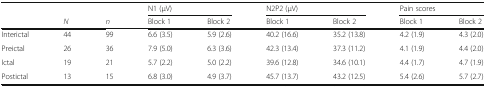
<table><thead><tr><td rowspan="2"></td><td></td><td></td><td colspan="2"><b>N1 (μV)</b></td><td colspan="2"><b>N2P2 (μV)</b></td><td colspan="2"><b>Pain scores</b></td></tr><tr><td><b><i>N</i></b></td><td><b><i>n</i></b></td><td><b>Block 1</b></td><td><b>Block 2</b></td><td><b>Block 1</b></td><td><b>Block 2</b></td><td><b>Block 1</b></td><td><b>Block 2</b></td></tr></thead><tbody><tr><td>Interictal</td><td>44</td><td>99</td><td>6.6 (3.5)</td><td>5.9 (2.6)</td><td>40.2 (16.6)</td><td>35.2 (13.8)</td><td>4.2 (1.9)</td><td>4.3 (2.0)</td></tr><tr><td>Preictal</td><td>26</td><td>36</td><td>7.9 (5.0)</td><td>6.3 (3.6)</td><td>42.3 (13.4)</td><td>37.3 (11.2)</td><td>4.1 (1.9)</td><td>4.4 (2.0)</td></tr><tr><td>Ictal</td><td>19</td><td>21</td><td>5.7 (2.2)</td><td>5.0 (2.2)</td><td>39.6 (12.8)</td><td>34.6 (10.1)</td><td>4.4 (1.7)</td><td>4.7 (1.9)</td></tr><tr><td>Postictal</td><td>13</td><td>15</td><td>6.8 (3.0)</td><td>4.9 (3.7)</td><td>45.7 (13.7)</td><td>43.2 (12.5)</td><td>5.4 (2.6)</td><td>5.7 (2.7)</td></tr></tbody></table>